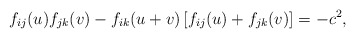
\begin{align*}f_{ij}(u) f_{jk}(v) - f_{ik}(u+v) \left[f_{ij}(u) + f_{jk}(v)\right] = - c^2, \end{align*}